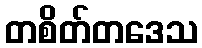
တစိတ်တဒေသ